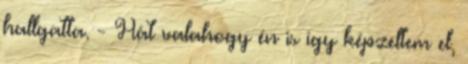
hallgatta. - Hát valahogy én is így képzeltem el,